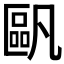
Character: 𠥷